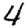
Digit: 4